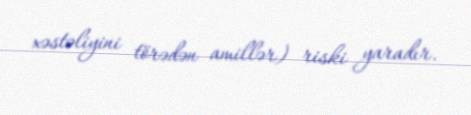
xəstəliyini törədən amillər) riski yaradır.